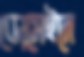
ডোমেইনে